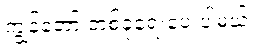
ကျွန်တော် တစ်ခုရေးပေးပါမယ်။